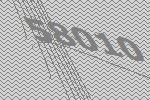
58010